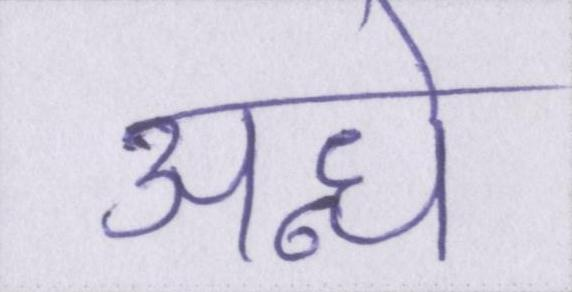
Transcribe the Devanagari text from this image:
अन्धे